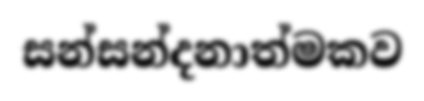
සන්සන්දනාත්මකව